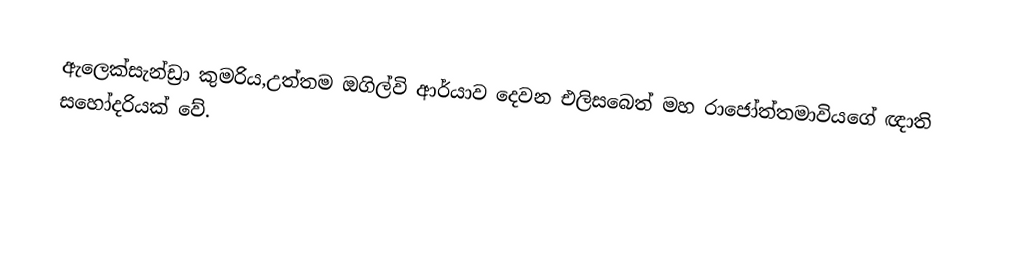
ඇලෙක්සැන්ඩ්‍රා කුමරිය,උත්තම ඔගිල්වි ආර්යාව දෙවන එලිසබෙත් මහ රාජෝත්තමාවියගේ ඥාති සහෝදරියක් වේ.